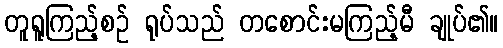
တူရူကြည့်စဉ် ရုပ်သည် တစောင်းမကြည့်မီ ချုပ်၏။